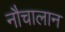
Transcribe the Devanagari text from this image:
नौचालान